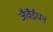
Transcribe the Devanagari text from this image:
जैवैईंधन